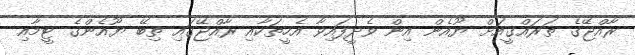
ރާއްޖޭގެ ތަރައްގީއަށް ޔޫއެން އިން ވެދީފައިވާ އެހީތަކާއި ރާއްޖޭގައި ތިބޭ ޔޫއެންގެ ޓީމާއި